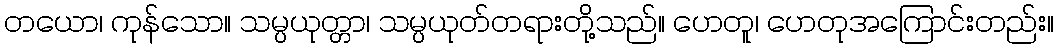
တယော၊ ကုန်သော။ သမ္ပယုတ္တာ၊ သမ္ပယုတ်တရားတို့သည်။ ဟေတူ၊ ဟေတုအကြောင်းတည်း။